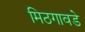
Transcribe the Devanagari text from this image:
मिठगावडे